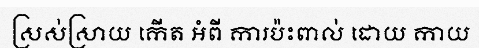
ស្រស់ស្រាយ កើត អំពី ការប៉ះពាល់ ដោយ កាយ